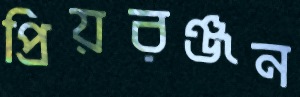
প্রিয়রঞ্জন